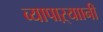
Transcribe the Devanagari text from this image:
व्यापाऱ्याानी